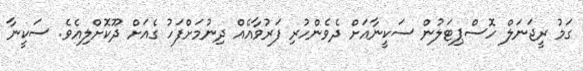
ގަމު ރީޖަނަލް ހޮސްޕިޓަލުން ސަކީނާއަށް ދެވެންހުރި ފަރުވާއެއް ދިނުމަށްފަހު ގެއަށް ދޫކޮށްލިއެވެ. ސަކީނާ